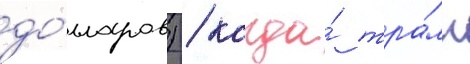
до́лларов) / когда́ тра́мп